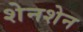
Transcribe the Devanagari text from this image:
शेनशेन